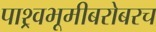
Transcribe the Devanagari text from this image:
पाश्र्वभूमीबरोबरच